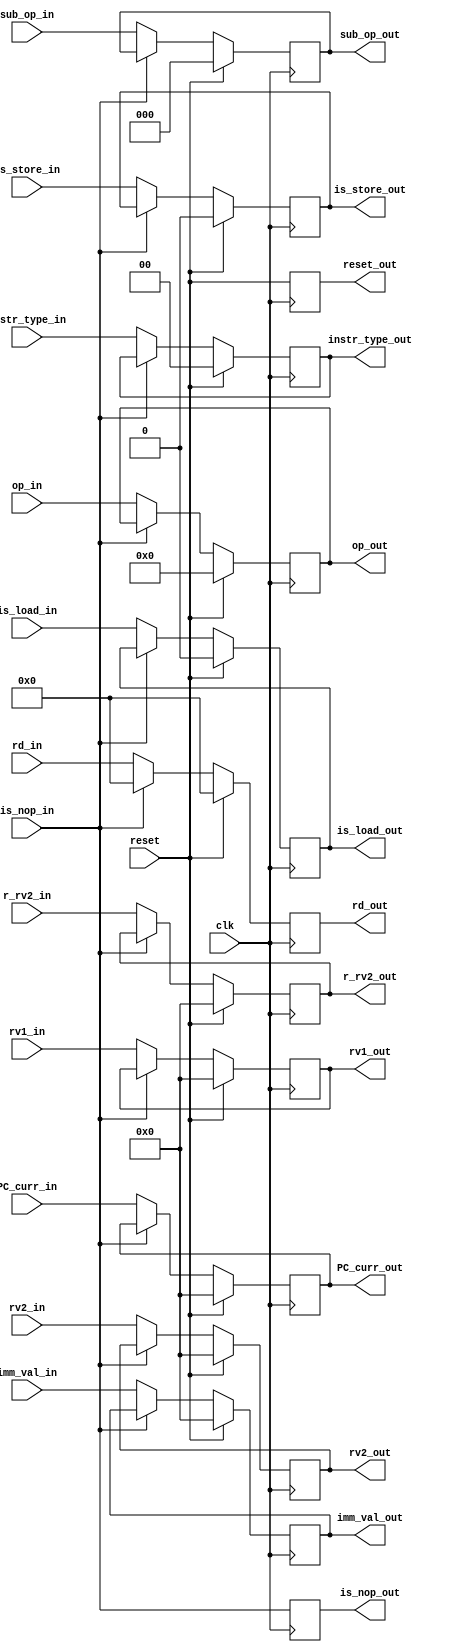
module ID_EX(
  input clk,
  input reset,
  input [31:0] PC_curr_in,
  input [5:0] op_in,
  input [1:0] instr_type_in,
  input [2:0] sub_op_in,
  input [4:0] rd_in,
  input [31:0] rv1_in,
  input [31:0] rv2_in,
  input [31:0] r_rv2_in,
  input [31:0] imm_val_in,
  input is_load_in,
  input is_store_in,
  input is_nop_in,
  output reset_out,
  output [31:0] PC_curr_out,
  output [5:0] op_out,
  output [1:0] instr_type_out,
  output [2:0] sub_op_out,
  output [4:0] rd_out,
  output [31:0] rv1_out,
  output [31:0] rv2_out,
  output [31:0] r_rv2_out,
  output [31:0] imm_val_out,
  output is_load_out,
  output is_store_out,
  output is_nop_out  );

reg reset_out;
reg [31:0] PC_curr_out;
reg [5:0] op_out;
reg [1:0] instr_type_out;
reg [2:0] sub_op_out;
reg [4:0] rd_out;
reg [31:0] rv1_out;
reg [31:0] rv2_out;
reg [31:0] r_rv2_out;
reg [31:0] imm_val_out;
reg is_load_out;
reg is_store_out;
reg is_nop_out;

always @(posedge clk) begin
  reset_out <= reset;
  is_nop_out <= is_nop_in;
  if (reset) begin
    PC_curr_out <= 0;
    op_out <= 0;
    instr_type_out <= 0;
    sub_op_out <= 0;
    rd_out <= 0;
    rv1_out <= 0;
    rv2_out <= 0;
    r_rv2_out <= 0;
    imm_val_out <= 0;
    is_load_out <= 0;
    is_store_out <= 0;
  end
  else if (is_nop_in) rd_out <= 0;    // This ensures that a NOP bubble does not trigger another stall
  else begin
    PC_curr_out <= PC_curr_in;
    op_out <= op_in;
    instr_type_out <= instr_type_in;
    sub_op_out <= sub_op_in;
    rd_out <= rd_in;
    rv1_out <= rv1_in;
    rv2_out <= rv2_in;
    r_rv2_out <= r_rv2_in;
    imm_val_out <= imm_val_in;
    is_load_out <= is_load_in;
    is_store_out <= is_store_in;
  end
end
endmodule